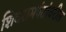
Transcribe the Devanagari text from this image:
शिवरामपंतांवरील